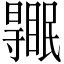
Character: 𥋹